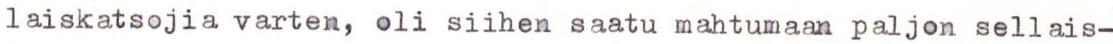
laiskatsojia varten, oli siihen saatu mahtumaan paljon sellais-